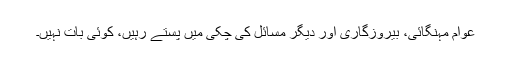
عوام مہنگائی، بیروزگاری اور دیگر مسائل کی چکی میں پستے رہیں، کوئی بات نہیں۔